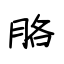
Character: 胳